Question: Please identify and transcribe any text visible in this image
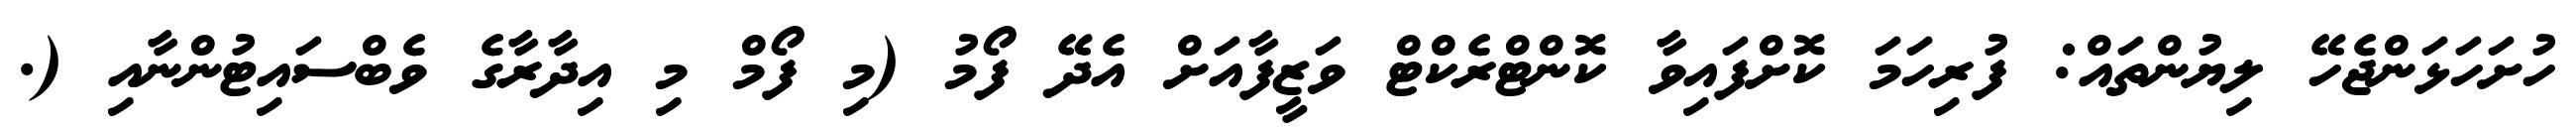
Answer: ހުށަހަޅަންޖެހޭ ލިޔުންތައް: ފުރިހަމަ ކޮށްފައިވާ ކޮންޓްރެކްޓް ވަޒީފާއަށް އެދޭ ފޯމު (މި ފޯމް މި އިދާރާގެ ވެބްސައިޓުންނާއި (.